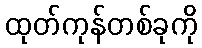
ထုတ်ကုန်တစ်ခုကို